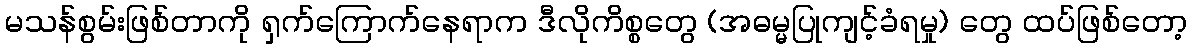
မသန်စွမ်းဖြစ်တာကို ရှက်ကြောက်နေရာက ဒီလိုကိစ္စတွေ (အဓမ္မပြုကျင့်ခံရမှု) တွေ ထပ်ဖြစ်တော့